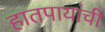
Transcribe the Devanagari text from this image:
हातपायांची